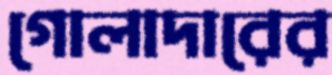
গোলাদারের